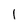
Character: I